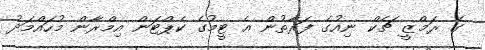
ގެ ރަމްޒީ ޗެކް ނިއުގެ ފަރާތުން އެ ޓީމުގެ ކެޕްޓަން އިމްރާން މުހައްމަދު